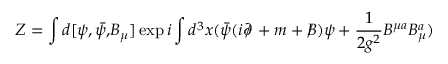
Z = \int d [ \psi , \bar { \psi , } B _ { \mu } ] \exp i \int d ^ { 3 } x ( \bar { \psi } ( i \partial \! \! \! / \, + m + B \! \! \! \! / \, ) \psi + \frac { 1 } { 2 g ^ { 2 } } B ^ { \mu a } B _ { \mu } ^ { a } )